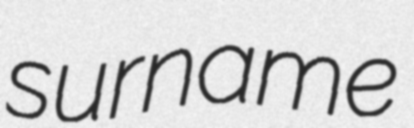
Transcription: surname